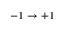
- 1 \rightarrow + 1